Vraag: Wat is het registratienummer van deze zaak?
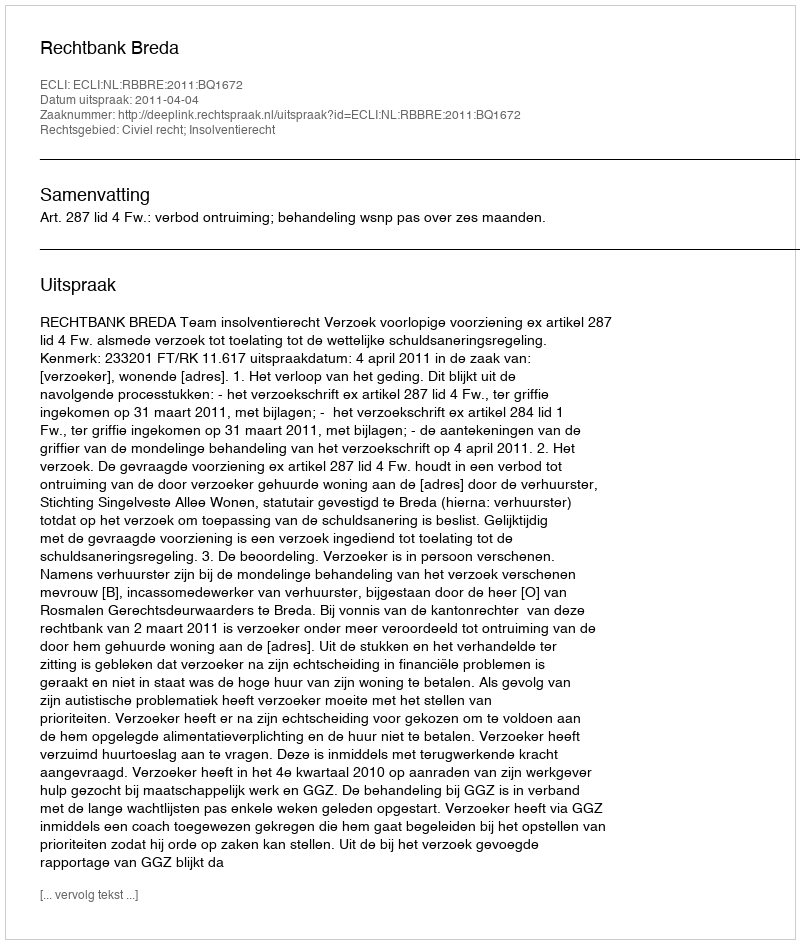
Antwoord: http://deeplink.rechtspraak.nl/uitspraak?id=ECLI:NL:RBBRE:2011:BQ1672